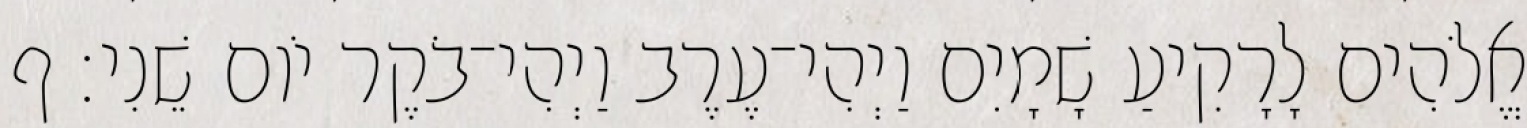
אֱלֹהִים לָרָקִיעַ שָׁמָיִם וַיְהִי־עֶרֶב וַיְהִי־בֹקֶר יֹום שֵׁנִי׃ ף